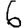
Digit: 6